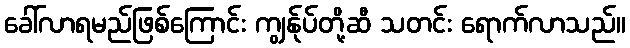
ခေါ်လာရမည်ဖြစ်ကြောင်း ကျွန်ုပ်တို့ဆီ သတင်း ရောက်လာသည်။